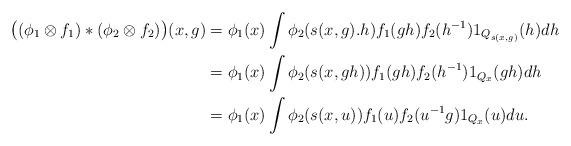
LaTeX: \begin{align*}\big((\phi_{1} \otimes f_{1})*(\phi_{2} \otimes f_{2})\big)(x,g) &= \phi_{1}(x) \int \phi_{2}(s(x,g).h)f_{1}(gh)f_{2}(h^{-1})1_{Q_{s(x,g)}}(h)dh \\&=\phi_{1}(x) \int \phi_{2}(s(x,gh))f_{1}(gh)f_{2}(h^{-1})1_{Q_{x}}(gh)dh \\& =\phi_{1}(x) \int \phi_{2}(s(x,u))f_{1}(u)f_{2}(u^{-1}g)1_{Q_{x}}(u)du.\end{align*}